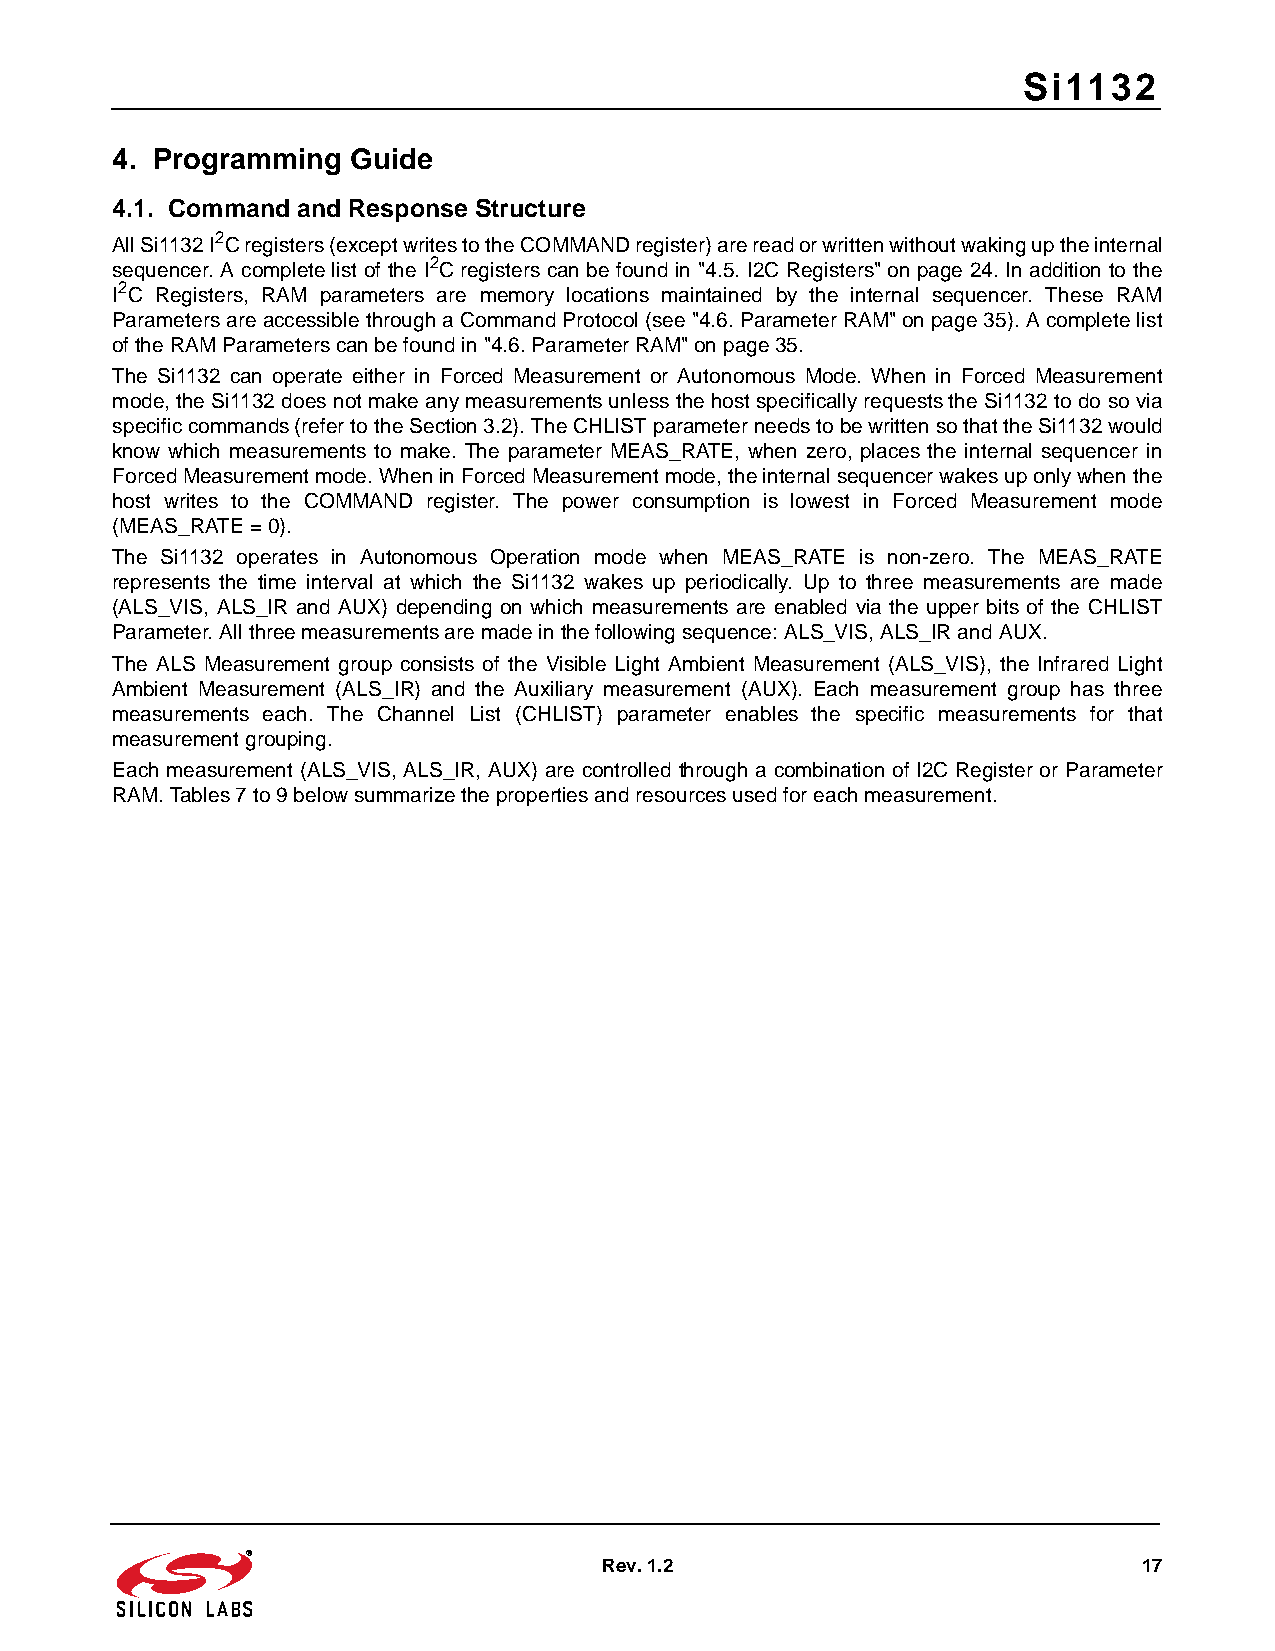
Si1132
 4. Programming  Guide
 4.1. Command and Response Structure
 All Si1132 I2C registers (except writes to the COMMAND register) are read or written without waking up the internal
 sequencer. A complete list of the I2C registers can be found in "4.5. I2C Registers" on page 24. In addition to the
 I2C Registers, RAM parameters are memory locations maintained by the internal sequencer. These RAM
 Parameters are accessible through a Command Protocol (see "4.6. Parameter RAM" on page 35). A complete list
 of the RAM Parameters can be found in "4.6. Parameter RAM" on page 35.
 The Si1132 can operate either in Forced Measurement or Autonomous Mode. When in Forced Measurement
 mode, the Si1132 does not make any measurements unless the host specifically requests the Si1132 to do so via
 specific commands (refer to the Section 3.2). The CHLIST parameter needs to be written so that the Si1132 would
 know which measurements to make. The parameter MEAS_RATE, when zero, places the internal sequencer in
 Forced Measurement mode. When in Forced Measurement mode, the internal sequencer wakes up only when the
 host writes to the COMMAND register. The power consumption is lowest in Forced Measurement mode
 (MEAS_RATE=0).
 The Si1132 operates in Autonomous Operation mode when MEAS_RATE is non-zero. The MEAS_RATE
 represents the time interval at which the Si1132 wakes up periodically. Up to three measurements are made
 (ALS_VIS, ALS_IR and AUX) depending on which measurements are enabled via the upper bits of the CHLIST
 Parameter. All three measurements are made in the following sequence: ALS_VIS, ALS_IR and AUX.
 The ALS Measurement group consists of the Visible Light Ambient Measurement (ALS_VIS), the Infrared Light
 Ambient Measurement (ALS_IR) and the Auxiliary measurement (AUX). Each measurement group has three
 measurements each. The Channel List (CHLIST) parameter enables the specific measurements for that
 measurement grouping.
 Each measurement (ALS_VIS, ALS_IR, AUX) are controlled through a combination of I2C Register or Parameter
 RAM. Tables 7 to 9 below summarize the properties and resources used for each measurement.
 Rev. 1.2                            17